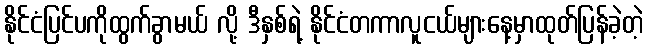
နိုင်ငံပြင်ပကိုထွက်ခွာမယ် လို့ ဒီနှစ်ရဲ့ နိုင်ငံတကာလူငယ်များနေ့မှာထုတ်ပြန်ခဲ့တဲ့